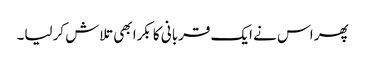
پھر اس نے ایک قربانی کا بکرا بھی تلاش کرلیا۔